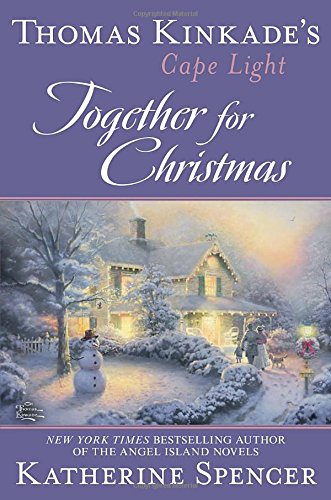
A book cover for Thomas Kinkade's Cape Light: Together for Christmas; Katherine Spencer; Romance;